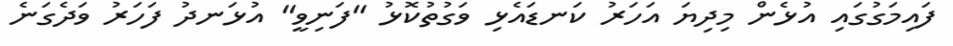
ފައިމަގުގައި އުޅެން މިދިޔަ އަހަރު ކަނޑައެޅި ވަގުތުކޮޅު "ފަނިވީ" އުޅަނދު ފަހަރު ވަދެގަނެ